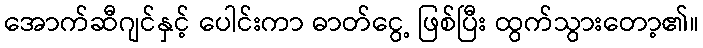
အောက်ဆီဂျင်နှင့် ပေါင်းကာ ဓာတ်ငွေ့ ဖြစ်ပြီး ထွက်သွားတော့၏။